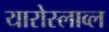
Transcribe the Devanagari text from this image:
यारोस्लाव्ल